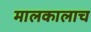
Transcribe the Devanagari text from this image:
मालकालाच